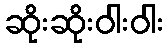
ဆိုးဆိုးဝါးဝါး